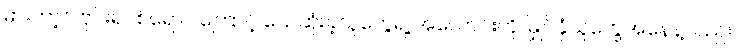
မားဘာ့ဂ် ဗိုင်းရပ်စ်ရောဂါကြောင့် သေဆုံးခဲ့သူတွေရဲ့ အလောင်းကို မြှုပ်နှံသူတွေအနေနဲ့လည်း